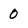
Character: o